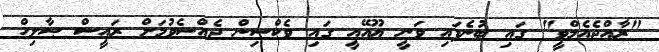
"ރާއްޖެއެމްވީ" ގައި ބުނެފައި ވަނީ ޔޫއޭއީ ގައި ވެކްސިން ޖެއްސެވުމަށް ރައީސް ޞާލިހް